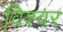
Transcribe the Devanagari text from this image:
विश्वर